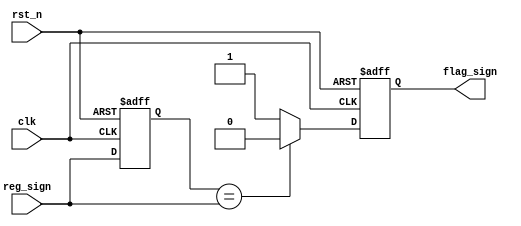
module reg2sign 
    #(parameter LENGTH = 3)
    (
    input                       clk         ,
    input                       rst_n       ,
    input wire[LENGTH-1:0]      reg_sign    ,
    output  reg                 flag_sign
    );

    reg [LENGTH-1:0] temp_reg;

    always @(posedge clk or negedge rst_n) begin
        if(!rst_n) temp_reg <= 0;
        else temp_reg <= reg_sign;
    end
    
    always @(posedge clk or negedge rst_n) begin
        if(!rst_n) flag_sign <= 0;
        else flag_sign = (temp_reg == reg_sign)?1'b0:1'b1;
    end
    
endmodule